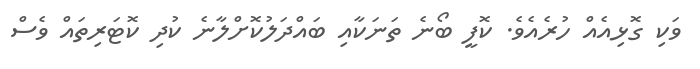
ވަކި ގޮޅިއެއް ހުރެއެވެ. ކޮފީ ބޯނެ ތަނަކާއި ބައްދަލުކޮށްލާނެ ކުދި ކޮޓަރިތައް ވެސް